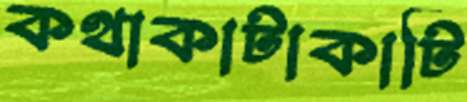
কথাকাটাকাটি